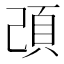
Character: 䪱